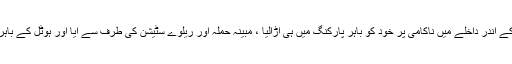
پولیس نے شبہ ظاہر کیاکہ یہ خود کش حملہ ہوسکتاہے ، دہشتگرد نے پولیس لائنز کے اندر داخلے میں ناکامی پر خود کو باہر پارکنگ میں ہی اُڑالیا ، مبینہ حملہ آور ریلوے سٹیشن کی طرف سے آیا اور ہوٹل کے باہر خود کو اُڑا لیا تاہم حتمی طورپر نوعیت کے بارے میں ابھی کچھ نہیں کہا جا سکتا۔